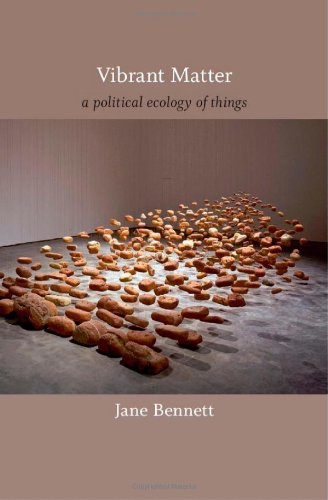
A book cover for Vibrant Matter: A Political Ecology of Things (a John Hope Franklin Center Book); Jane Bennett; Science & Math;